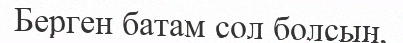
Берген батам сол болсың,